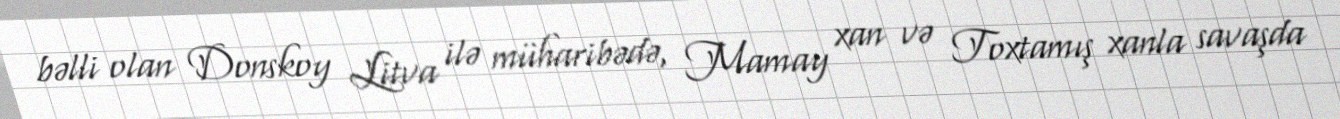
bəlli olan Donskoy Litva ilə müharibədə, Mamay xan və Toxtamış xanla savaşda